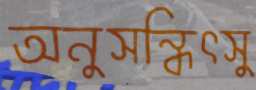
অনুসন্ধিৎসু